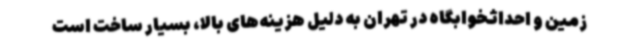
زمین و احداثخوابگاه در تهران به دلیل هزینه‌های بالا، بسیار ساخت است